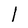
Character: l